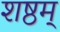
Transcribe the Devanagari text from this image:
शष्ठम्